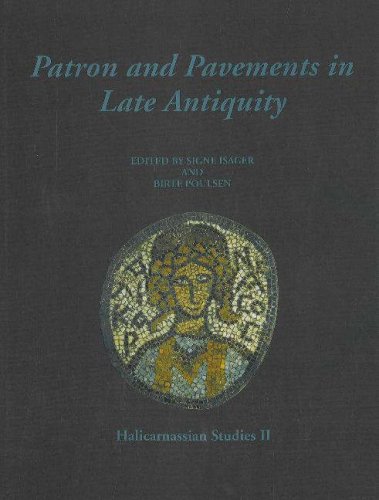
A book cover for Patron and Pavements in Late Antiquity; Crafts, Hobbies & Home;